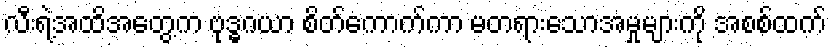
လီးရဲ့အထိအတွေ့က ဗုဒ္ဓဂယာ စိတ်ကောက်ကာ မတရားသောအမှုများကို အစစ်ထက်